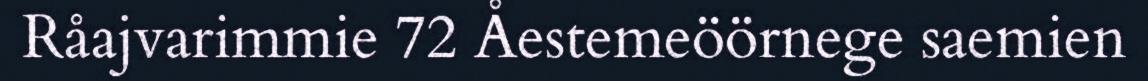
Råajvarimmie 72 Åestemeöörnege saemien